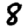
Digit: 8